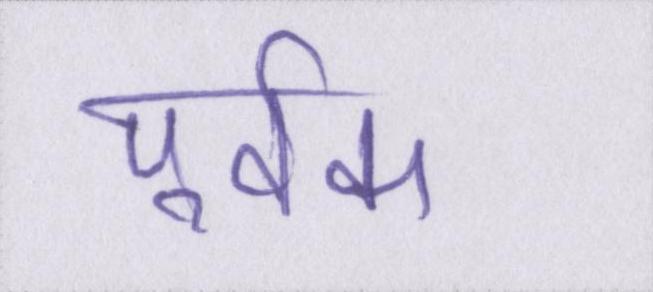
पूर्वक